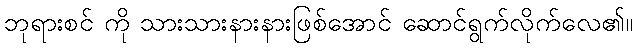
ဘုရားစင် ကို သားသားနားနားဖြစ်အောင် ဆောင်ရွက်လိုက်လေ၏။